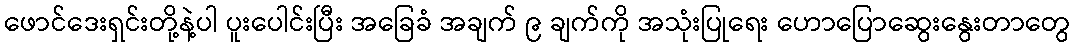
ဖောင်ဒေးရှင်းတို့နဲ့ပါ ပူးပေါင်းပြီး အခြေခံ အချက် ၉ ချက်ကို အသုံးပြုရေး ဟောပြောဆွေးနွေးတာတွေ